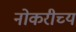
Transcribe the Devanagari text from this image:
नोकरीच्य